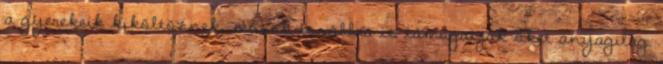
a gyerekeik kiköltöznek, mások továbbra is támogatják őket anyagilag.